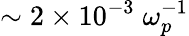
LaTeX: \sim 2\times 10^{-3}\; \omega_{p}^{-1}